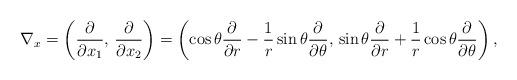
LaTeX: \begin{align*}\nabla_ x = \left(\frac{\partial}{\partial x_1}, \, \frac{\partial}{\partial x_2}\right) = \left( \cos \theta \frac{\partial}{\partial r} - \frac{1}{r} \sin \theta \frac{\partial}{\partial \theta}, \, \sin \theta \frac{\partial}{\partial r} + \frac{1}{r} \cos \theta \frac{\partial}{\partial \theta}\right),\end{align*}